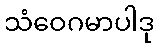
သံဝေဂမာပါဒု